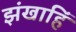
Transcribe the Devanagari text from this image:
झंखाहिं